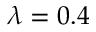
\lambda = 0 . 4